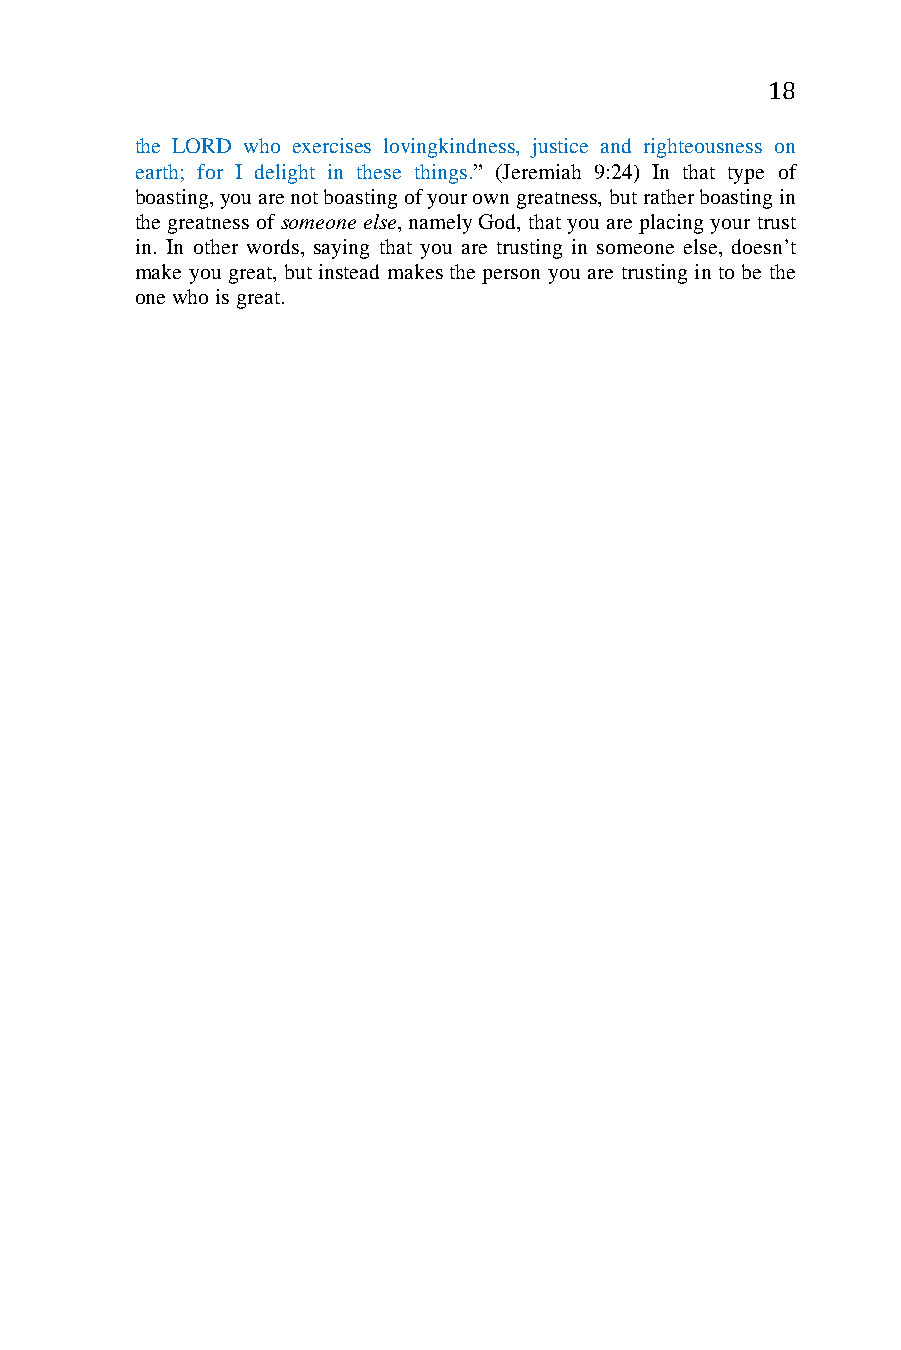
18
 the LORD who exercises lovingkindness, justice and righteousness on
 earth; for I delight in these things.” (Jeremiah 9:24) In that type of
 boasting, you are not boasting of your own greatness, but rather boasting in
 the greatness of someone else, namely God, that you are placing your trust
 in. In other words, saying that you are trusting in someone else, doesn’t
 make you great, but instead makes the person you are trusting in to be the
 one who is great.